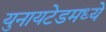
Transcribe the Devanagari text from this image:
युनायटेडमध्ये